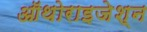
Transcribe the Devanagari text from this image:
ऑथोराइजेश्न